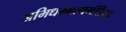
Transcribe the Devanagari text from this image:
अभिधम्मत्थगंठिपद